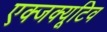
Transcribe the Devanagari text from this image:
एक्जक्यूटिव